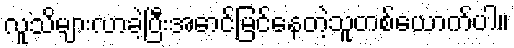
လူသိများလာခဲ့ပြီးအောင်မြင်နေတဲ့သူတစ်ယောက်ပါ။